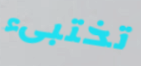
تختبىء